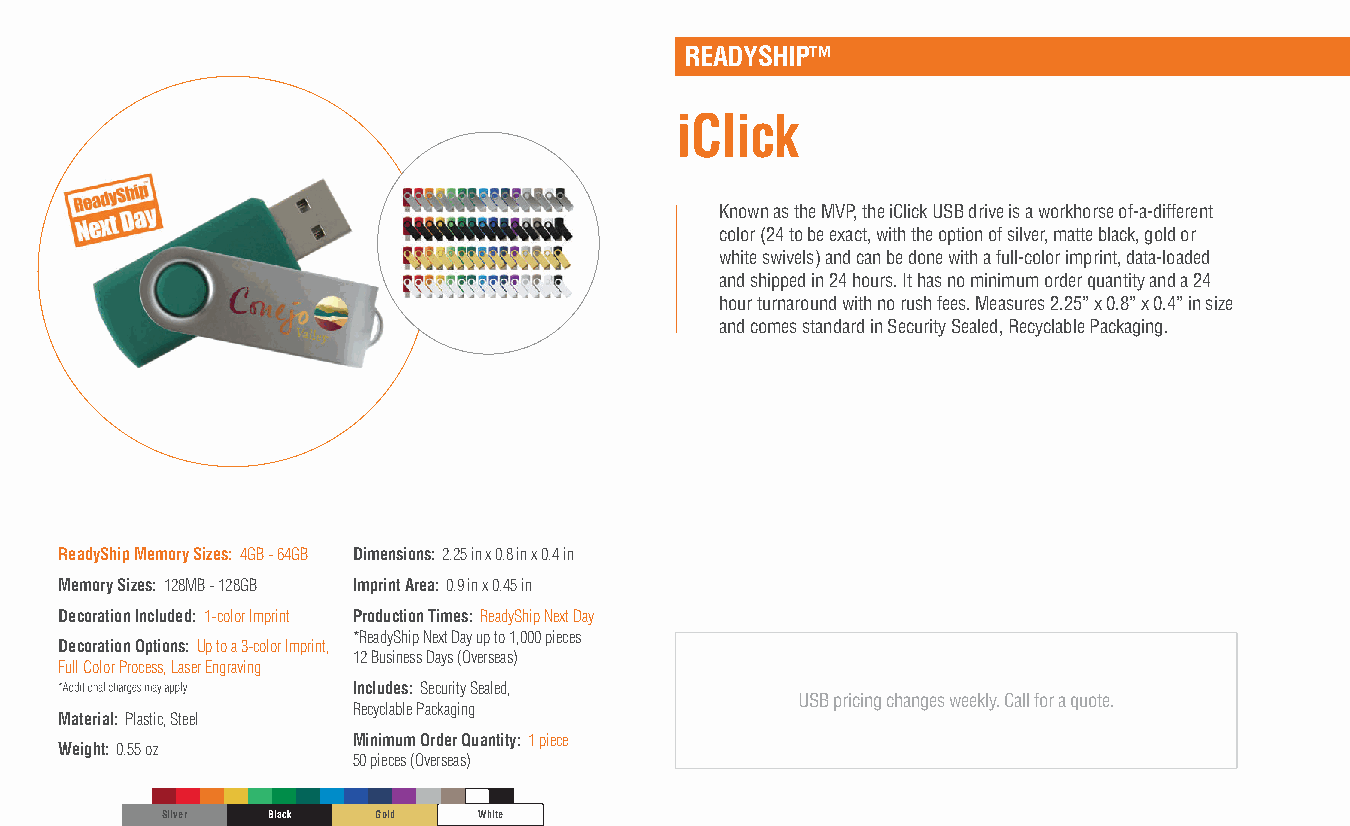
READYSHIP™
 iClick
 Known as the MVP, the iClick USB drive is a workhorse of-a-different
 color (24 to be exact, with the option of silver, matte black, gold or
 white swivels) and can be done with a full-color imprint, data-loaded
 and shipped in 24 hours. It has no minimum order quantity and a 24
 hour turnaround with no rush fees. Measures 2.25” x 0.8” x 0.4” in size
 and comes standard in Security Sealed, Recyclable Packaging.
 ReadyShip Memory Sizes: 4GB - 64GB Dimensions: 2.25 in x 0.8 in x 0.4 in
 Memory Sizes: 128MB - 128GB Imprint Area: 0.9 in x 0.45 in
 Decoration Included: 1-color Imprint Production Times: ReadyShip Next Day
 *ReadyShip Next Day up to 1,000 pieces
 Decoration Options: Up to a 3-color Imprint,
 12 Business Days (Overseas)
 Full Color Process, Laser Engraving
 Includes: Security Sealed,
 USB pricing changes weekly. Call for a quote.
 Recyclable Packaging
 Material: Plastic, Steel
 Minimum Order Quantity: 1 piece
 Weight: 0.55 oz
 50 pieces (Overseas)
 Silver Black  Gold   White